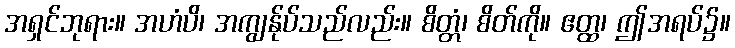
အရှင်ဘုရား။ အဟံပိ၊ အကျွန်ုပ်သည်လည်း။ စိတ္တံ၊ စိတ်ကို။ ဧတ္ထ၊ ဤအရပ်၌။